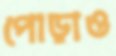
পোড়াও